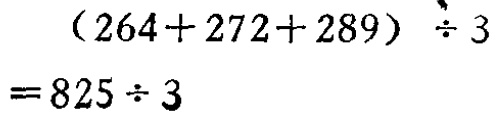
\[
\begin{align*}
&(264 + 272+289)\div3\\
=&825\div3
\end{align*}
\]